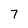
Character: 7